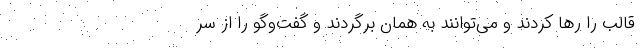
قالب را رها کردند و می‌توانند به همان برگردند و گفت‌وگو را از سر